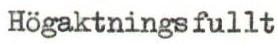
Högaktningsfullt